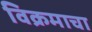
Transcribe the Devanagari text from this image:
विक्रमाचा